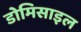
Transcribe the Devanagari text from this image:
डोमिसाइल